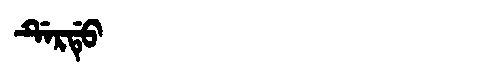
Manchu: ᡩᡝᡵᡩᡠ
Romanization: DERDU